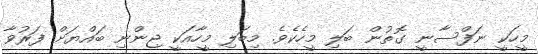
މީހަކީ ނަފްސާނީ ގޮތުން ބަލި މީހެކެވެ. މިބަލި މީހާއަކީ ޖިންނި ބައްޔަށް ފަރުވާ